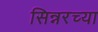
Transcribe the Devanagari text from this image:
सिन्नरच्या